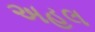
અહલ